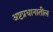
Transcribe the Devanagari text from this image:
अष्टप्रधानातील